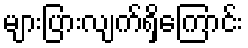
များပြားလျက်ရှိကြောင်း